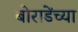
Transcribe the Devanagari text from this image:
बोराडेंच्या